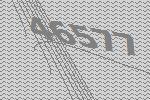
46577